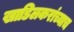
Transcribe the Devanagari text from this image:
खाडिलकरांच्याच